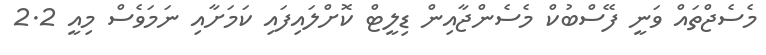
މެސެޖްތައް ވަނީ ފޭސްބުކް މެސެންޖާއިން ޑިލީޓް ކޮށްލައިފައި ކަމަށާއި ނަމަވެސް މިއީ 2.2